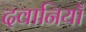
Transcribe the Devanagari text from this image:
दवानियाँ